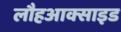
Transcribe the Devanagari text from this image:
लौहआक्साइड